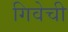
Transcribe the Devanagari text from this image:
गिवेची